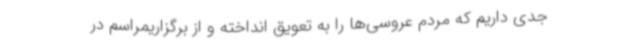
جدی داریم که مردم عروسی‌ها را به تعویق انداخته و از برگزاریمراسم در